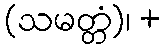
(သမတ္တံ)၊ +